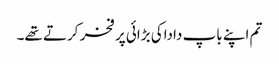
تم اپنے باپ داداکی بڑائی پر فخر کرتے تھے۔